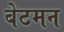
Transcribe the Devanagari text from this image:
बेटमन